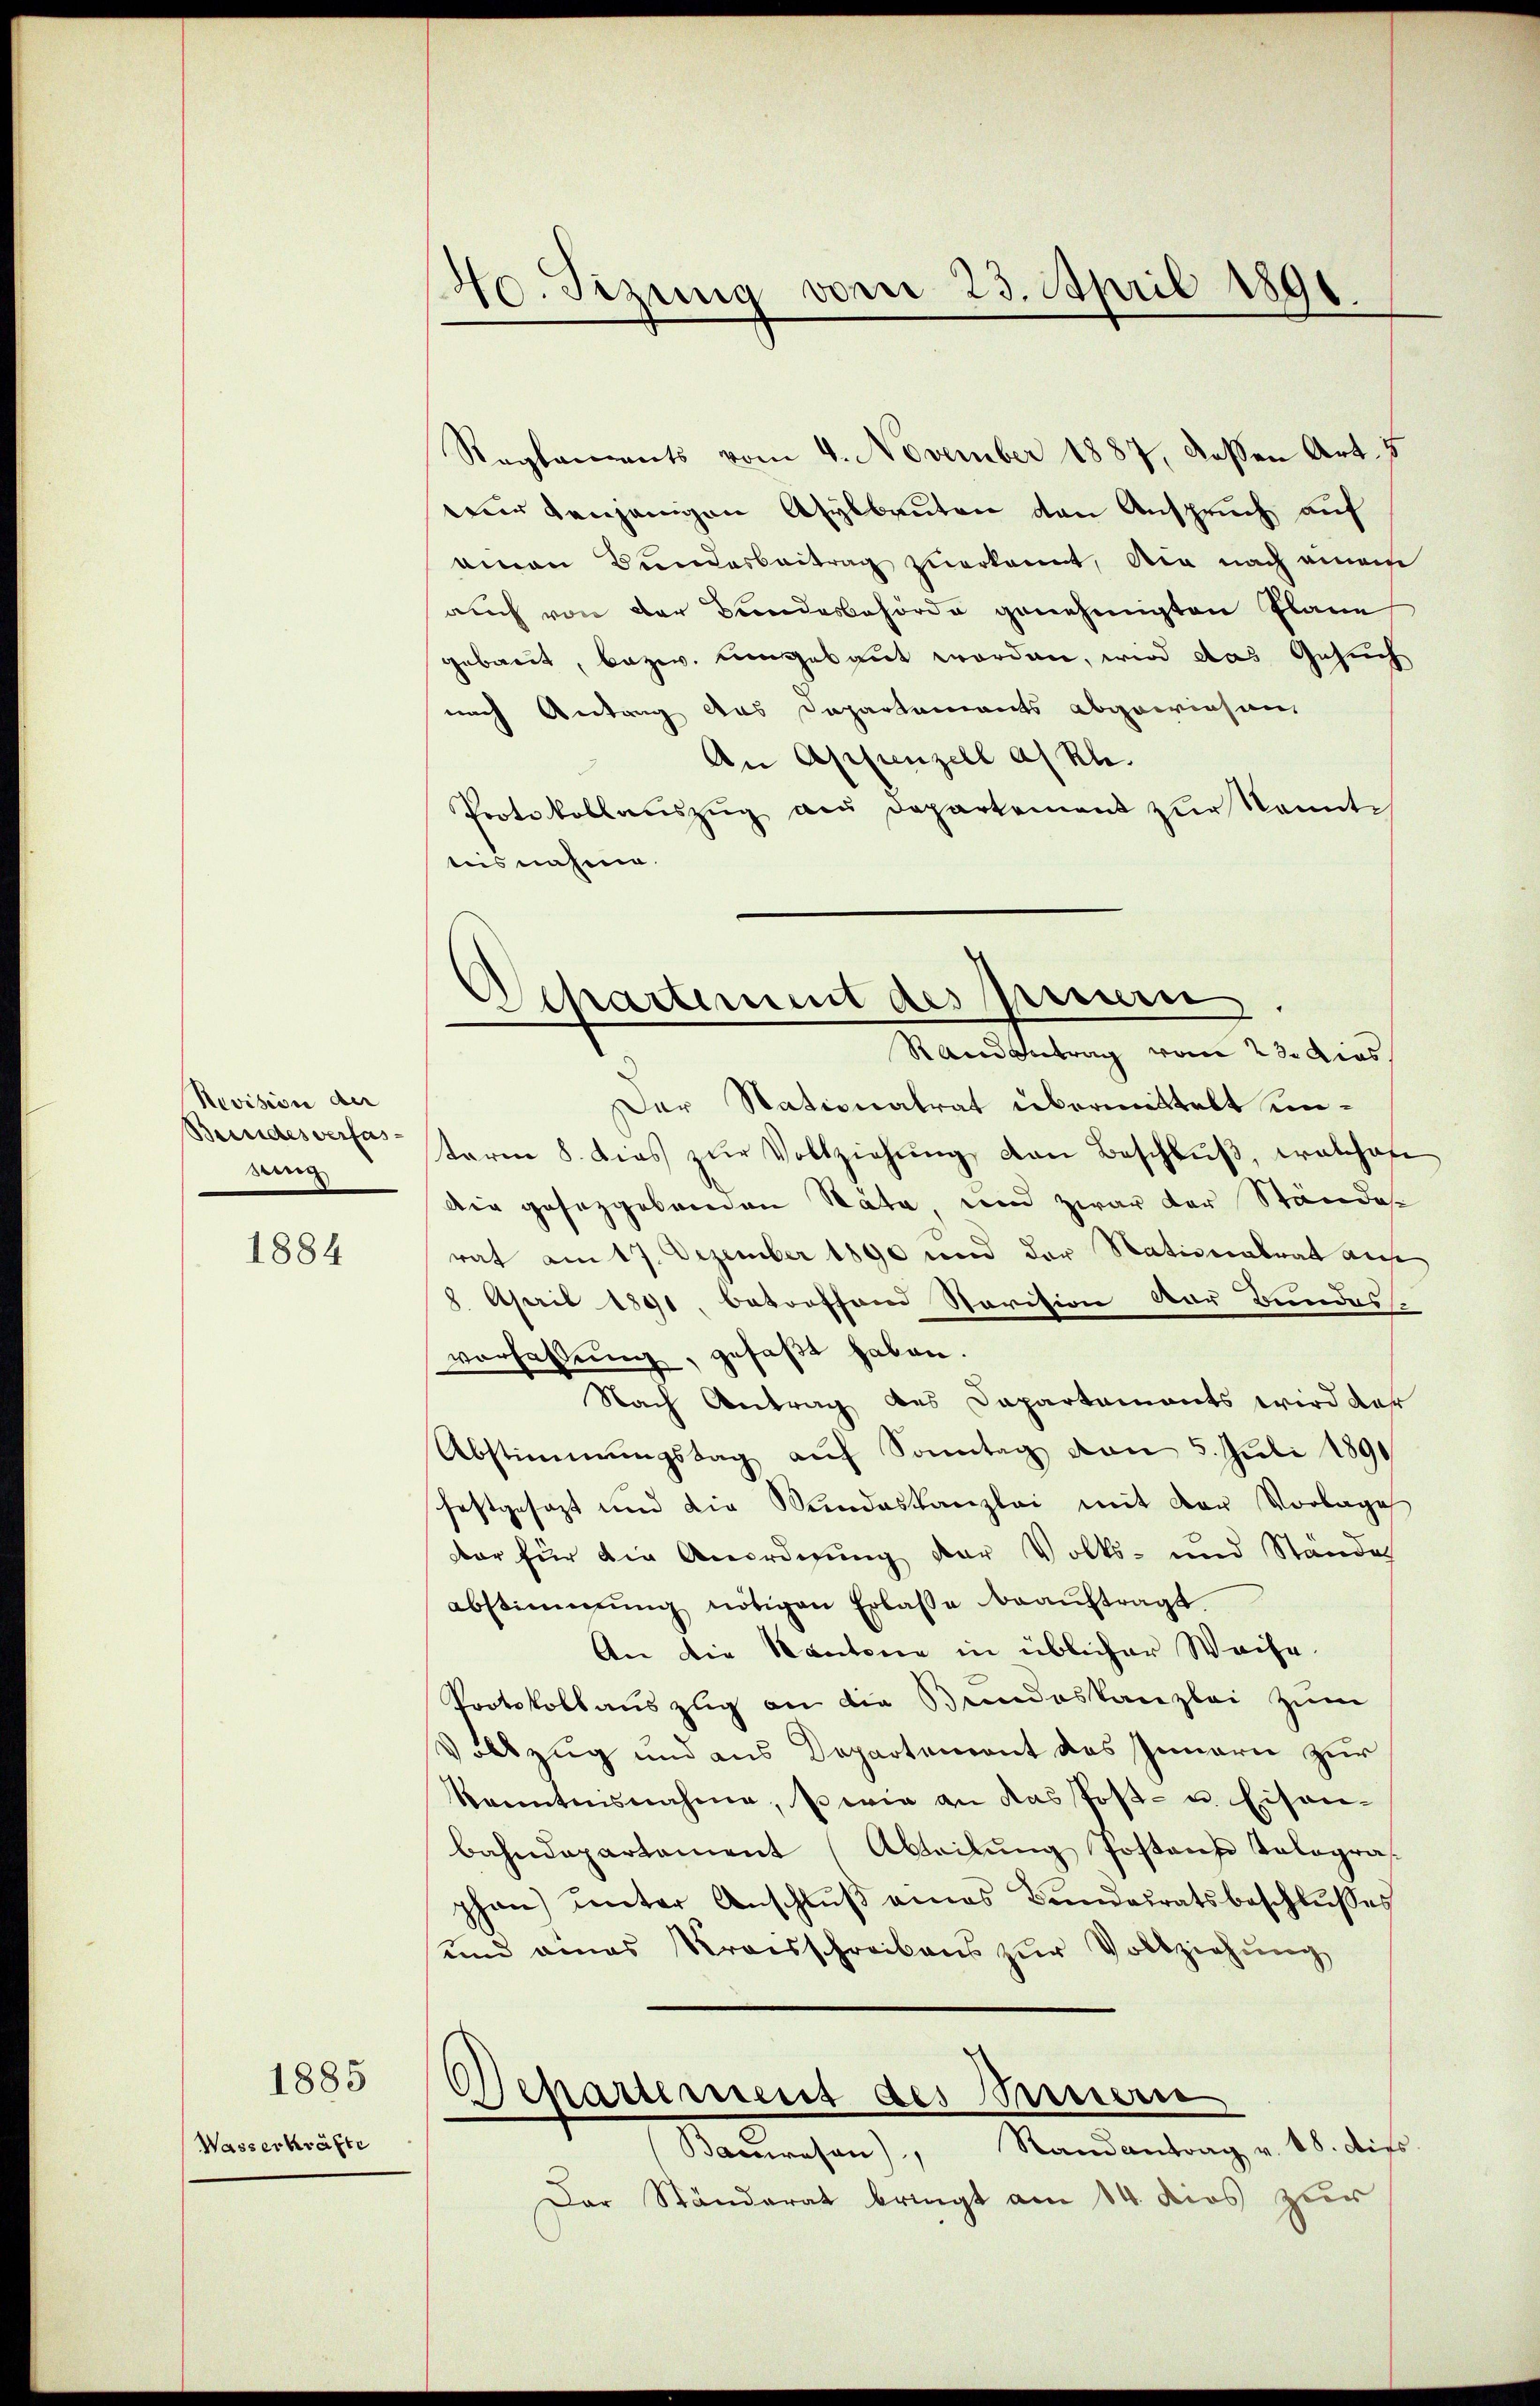
Revision der
sein

1884

Wasserkräfte

1885

140. Sizung vom 23. April 1891.

Departement des preuern
Randbetrag vom 23. dies

Reglements vom 4. November 1887, deßen Art. 7
tur denjenigen Asylbauten den Anspruch auf
ainen Bundesbeitrag zuerkannt, die nach einem
auch von der Bundesbehörde genehmigten Plane
gebaut, bezw. Umgebaut worden, wird das Gesuch
nach Antrag des Departements abgewiesen,
An Appenzell a. Rh.
Protokollanszŭg an Departement zŭr kannte
tiis nahme.
Der Nationalrat übermittelt un¬
Bundesverta term 8. dies zŭr Vollziehŭng von Beschlŭβ, welchen
Die gesetzgebenden Stäte, und zwar der Standes
rat am 17. Dezember 1890 und der Nationalrat auf
8. April 1891. betroffend Revision der Bundes
vorhaltung, gefaßt haben.
Nach Antrag des Dapartements wird dar
Abstimmungstag aŭf Sonntag von 5. Juli 1891
festgesezt und die Mindeskanzlei mit der Vorlage
dar für die Anordnung der Volks- und Stände
abstimmung nötigen Erlasse beaŭftragt.
An die Kantone in üblicher Weise.
Protokoll auszug an die Bundeskanzlei zum
Vollzug und aus Departement des Innern zur
kanntnisnahme, sowie an das Post- u. Eisen-
bahndepartement (Aeilŭng Postanze Talogras
phan unter Anschlŭβ eines Bundesratsbeschlŭsses
und eines Kreisschreibens zŭr Vollziehung
s
Separiment des Meterie
Baŭresen), Randantrag v. 18. dies
Der Ständerat bringt am 14. dies zur